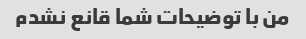
من با توضیحات شما قانع نشدم